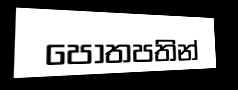
පොතපතින්